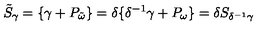
\tilde { S } _ { \gamma } = \{ \gamma + P _ { \tilde { \omega } } \} = \delta \{ \delta ^ { - 1 } \gamma + P _ { \omega } \} = \delta S _ { \delta ^ { - 1 } \gamma }